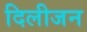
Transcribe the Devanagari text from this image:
दिलीजन